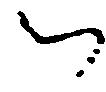
被